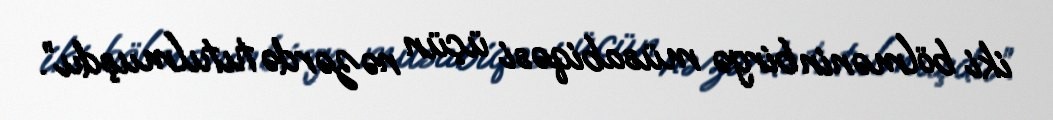
iki bölmənin birgə müsabiqəsi üçün nəzərdə tutulmuşdu”.